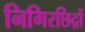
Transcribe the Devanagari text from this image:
निगिरछिद्रों